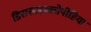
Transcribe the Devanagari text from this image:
डिससाइक्लोपीडिया